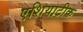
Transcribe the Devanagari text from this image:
एशियाटीक